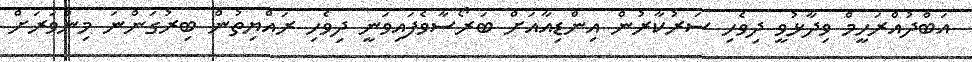
އަބްދުއްރަހީމް ވިދާޅުވީ ދިވެހި ސަރުކާރުން އިންޑިއާއަށް ބަރޯސާވެފައިވަނީ ދިވެހި ރައްޔިތުން ބިރުގަންނަ މިންވަރަށް